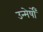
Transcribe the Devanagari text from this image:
उन्मेर्षों